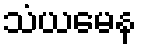
သံယမေန